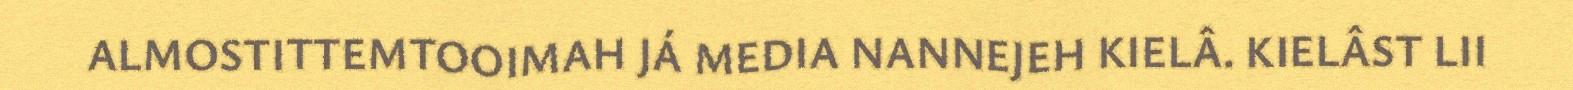
ALMOSTITTEMTOOIMAH JÁ MEDIA NANNEJEH KIELÂ. KIELÂST LII